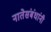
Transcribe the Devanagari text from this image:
नातेसंबंधांनी